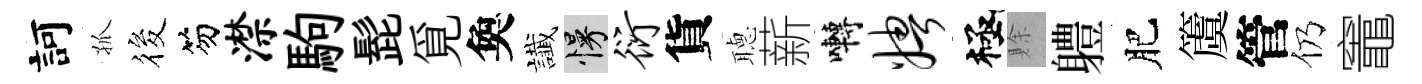
訶孤筱笏潸駒髭覓奐䜟慢衍貨𦗟薪囀娉極賖軆肥𥵂管仍竈